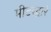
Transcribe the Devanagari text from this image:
मीटरद्वारे